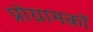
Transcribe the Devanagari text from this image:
प्रोग्रामकों